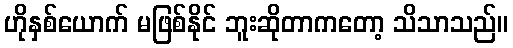
ဟိုနှစ်ယောက် မဖြစ်နိုင် ဘူးဆိုတာကတော့ သိသာသည်။